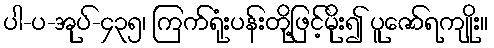
ပါ-ပ-အုပ်-၄၃၅၊ ကြက်ရုံးပန်းတို့ဖြင့်မိုး၍ ပူဇော်ရကျိုး။